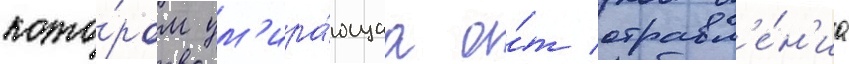
кото́ром ум'ира́ющаа о́т отравл'е́н'иа